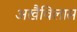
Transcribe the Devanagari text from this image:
अखैविलास